Annual report on the health of the army in India
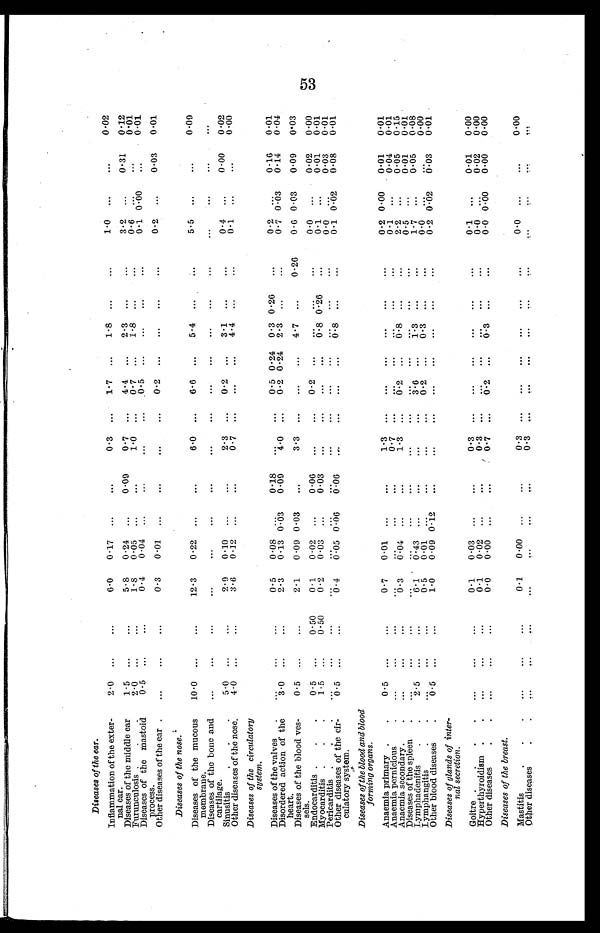
Diseases of the ear.
Inflammation of the exter-
nal ear.
2.0 ...
...
6.0
0.17 ...
...
0.3
1.7 ...
1.8 ...
...
1.0 ...
...
0.02
Diseases of the middle ear
1.5 ...
...
5 . 8 0.24 ...
0.09
0.7 ...
4.4 ...
2.3 ...
...
3.2 ...
0.32
0.12
Furunculosis.
2.0 ...
...
1.8
0.05 ...
...
1.0 ...
0.7 ...
1.8 ...
...
0.6 .
...
0 . 0 1
Diseases of the mastoid
0
0.5 ... ...
0.4
0.04 ...
...
...
0.5 ...
...
...
...
0.1
0 . 0 0
...
0.01
Others diseases of the ear
...
...
...
0 . 0 2 ...
...
...
... ...
. . .
...
0.2 ...
0.03
0.01
Diseases of the nose.
Diseases of the mucous
membrane.
10.0 ...
...
22.3
0.22 ...
...
6.0 . . .
6.6 ...
5.4 ... ...
5.5 ...
...
0.09
Diseases of the bone and
cartilage.
...
...
...
...
...
...
...
...
...
...
...
...
...
...
...
...
...
...
Sinusitis.
5.0 ...
...
2.9
0 . 2 0 ...
...
2.3 ...
0.2 ...
3.1 ...
...
0.4 ...
0.00
0.02
Other diseases of the nose.
4.0 ...
...
3.6
0.22 ...
...
0.7 ...
...
...
4.4 ...
...
0.1
...
0.00
Diseases of the circulatory
system.
Diseases of the valves
...
...
...
0.5
0.08 . . .
0.18
...
0.5 0 . 24 0.3 0 . 26
...
0.2 ...
0.16
0.01
Disordered action of the
heart.
3.0 ...
...
2.3
0.13 0 . 03
0.09
4.0 ...
0.2 0.24 2 . 3 ...
...
0.7 0 . 03
0.24
0.04
Diseases of the blood yes
els.
0.5 ...
...
2.2
0.09 0.03
...
3.3 ...
...
...
4.7 ...
0.26
0.6 0 . 03
0.09
0.03
Endocarditis .
0.5 ...
0.50
0.1
0.02 ...
0.06
...
...
... ...
...
...
...
0 . 0 ...
0-02
0.00
Pericarditis
2.5 ...
0.50
0.2
0.03
0.03
...
...
...
...
6.8 0.26
...
0.1 ...
0.01
0.01
Pericarditis
...
...
...
...
... ...
...
...
...
...
...
...
0.0 ...
0.03
0.01
.
.
.
Other diseases of the cir
culatory system.
0.5 ...
...
0 . 4
0.05 0 . 06
0.06
...
. . .
...
...
0.8 ...
...
0.1 0.02
0.08
0.01
Diseases of the blood and blood
forming organs.
Anaemia primary.
0.5 ...
...
0.7
0.01 ...
...
1.3 ...
...
...
...
...
...
0.2 0 . 00
0.01
0.01
Anaemia pernicious
...
...
...
...
...
...
0.7 ...
...
...
...
...
...
0.1 ...
0.04
0.01
Anaemia secondary.
...
0.3
0.04
...
1.3
6.2 ...
0.8 ...
...
2.2 ...
0.05
0.15
Diseases of the splee
...
...
. . .
. . . ...
...
...
...
...
. . .
...
0.5 ...
0.01
0.01
.
Iymphadenitis.
.
2.5 ...
...
6.1
0.43
...
...
...
...
...
...
3.6
...
1.3 ...
...
1.7 ...
0.05
0.08
Iymphangitis
......
...
...
0.5
0.01 ...
...
...
...
0.
...
0.3 ...
...
0.0 ...
0.00
Other blood diseases
0.5 ...
...
1.0
0.09 0 . 22
...
...
...
...
...
...
0.2 0 .02
6.03
0.01
Diseases of glands of inter
- nal secretion.
Goitre
...
...
...
0.1
0.03 ...
...
0.3 ..
...
...
...
...
...
0.1 ...
0.01
0.00
Hyperthyroidism
...
...
...
0.1
0.02 ...
...
0.3 ...
...
...
...
...
...
0.0 ...
0.02
0.00
Other diseases
...
...
...
0.0
0.00 ...
...
0.7 ...
0.2 ...
0.3 ...
...
0.0 0 . 00
0.00
0.00
Diseases of the breast.
Mastitis
...
...
...
0.2
0.00 ...
...
0.3 ...
...
...
...
...
...
0.0 ...
...
0.00
Other diseases
...
...
...
...
...
...
...
0.3 ... ...
...
... ...
...
...
...
...
...
53